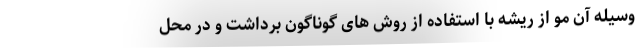
وسیله آن مو از ریشه با استفاده از روش های گوناگون برداشت و در محل